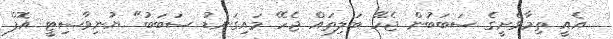
އެއީ ތިމާވެށީގެ ސަބަބުން ޖެހޭ ބަލިތައް ޖެހޭ މައިގަނޑު ސަބަބު" ޔުނިވާސިޓީ އޮފް